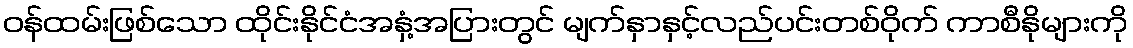
ဝန်ထမ်းဖြစ်သော ထိုင်းနိုင်ငံအနှံ့အပြားတွင် မျက်နှာနှင့်လည်ပင်းတစ်ဝိုက် ကာစီနိုများကို